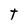
Character: t